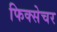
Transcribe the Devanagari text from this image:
फिक्सेचर